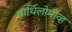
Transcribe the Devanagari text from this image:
बार्थिलोमोव्ह